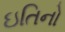
ઇતિનો